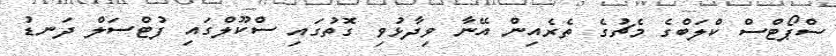
ސްޕޯޓްސް ކްލަބްގެ މެޗުގެ ތެރެއިން އޭނާ ވިދާޅުވި ގޮތުގައި ސްކޫލްގައި ފުޓްސަލް ދަނޑު